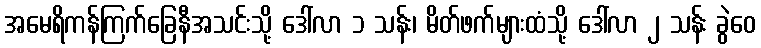
အမေရိကန်ကြက်ခြေနီအသင်းသို့ ဒေါ်လာ ၁ သန်း၊ မိတ်ဖက်များထံသို့ ဒေါ်လာ ၂ သန်း ခွဲဝေ